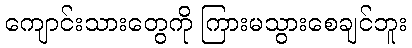
ကျောင်းသားတွေကို ကြားမသွားစေချင်ဘူး